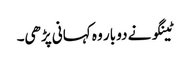
ٹینگو نے دو بار وہ کہانی پڑھی۔